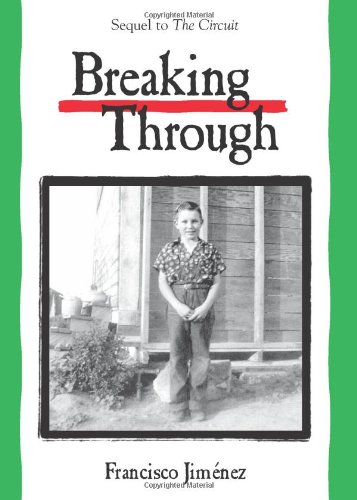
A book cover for Breaking Through; Francisco JimÃ©nez; Teen & Young Adult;